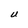
Character: U